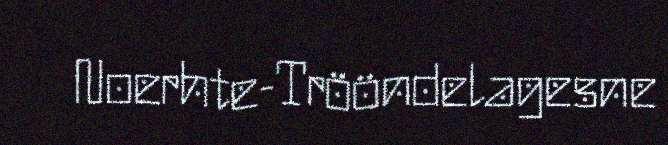
Noerhte-Trööndelagesne